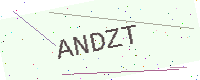
Text: ANDZT